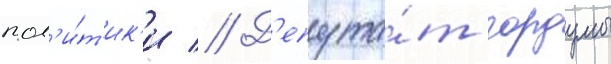
пол'и́т'ик'и // Д'епута́т гордумы